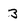
Character: 3